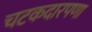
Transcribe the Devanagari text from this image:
चटकदारपणा